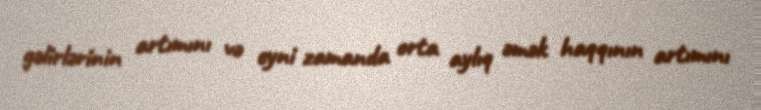
gəlirlərinin artımını və eyni zamanda orta aylıq əmək haqqının artımını